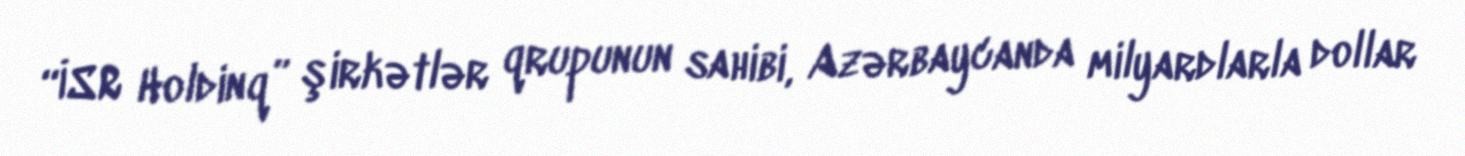
“İSR Holdinq” şirkətlər qrupunun sahibi, Azərbaycanda milyardlarla dollar